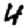
Digit: 4